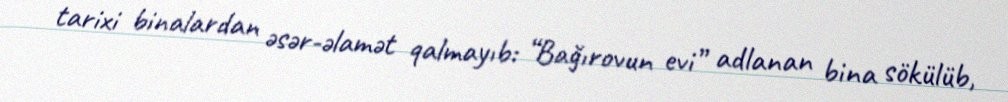
tarixi binalardan əsər-əlamət qalmayıb: “Bağırovun evi” adlanan bina sökülüb,